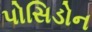
પોસિડોન